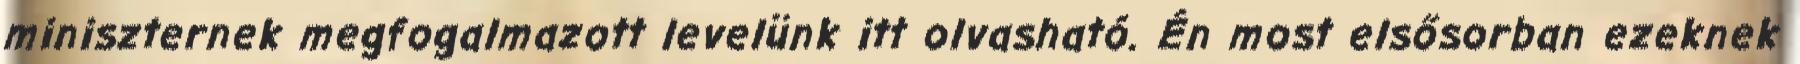
miniszternek megfogalmazott levelünk itt olvasható. Én most elsősorban ezeknek